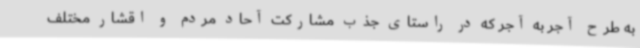
به طرح آجر به آجر که در راستای جذب مشارکت آحاد مردم و اقشار مختلف